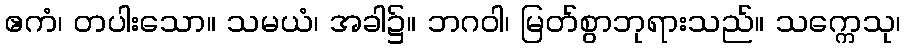
ဧကံ၊ တပါးသော။ သမယံ၊ အခါ၌။ ဘဂဝါ၊ မြတ်စွာဘုရားသည်။ သက္ကေသု၊